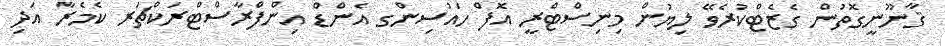
ޤާނޫނީގޮތުން ގެޒެޓްކުރެވޭ ލިޔުން މިނިސްޓްރީ އޮފް ހައުސިންގ އެންޑް އިންފްރާސްޓްރަކްޗަރ ކެމެރާ އަދި